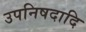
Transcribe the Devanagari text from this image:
उपनिषदादि